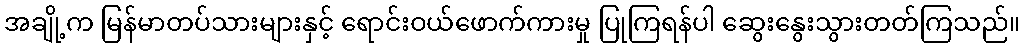
အချို့က မြန်မာတပ်သားများနှင့် ရောင်းဝယ်ဖောက်ကားမှု ပြုကြရန်ပါ ဆွေးနွေးသွားတတ်ကြသည်။